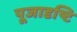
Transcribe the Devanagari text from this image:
पूजादृष्टि